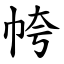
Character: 㡁